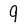
Character: 9